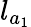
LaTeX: l_{a_{1}}